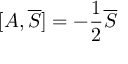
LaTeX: [ A , { \overline { { S } } } ] = - { \frac { 1 } { 2 } } { \overline { { S } } }